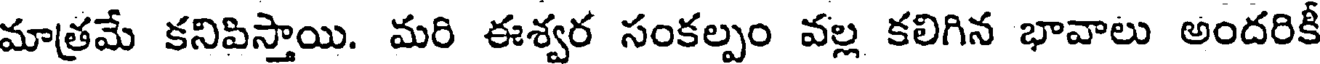
మాత్రమే కనిపిస్తాయి. మరి ఈశ్వర సంకల్పం వల్ల కలిగిన భావాలు అందరికీ